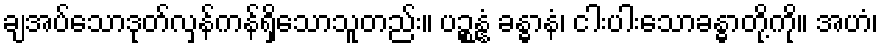
ချအပ်သောဒုတ်လှန်ကန်ရှိသောသူတည်း။ ပဉ္စန္နံ ခန္ဓာနံ၊ ငါးပါးသောခန္ဓာတို့ကို။ အဟံ၊